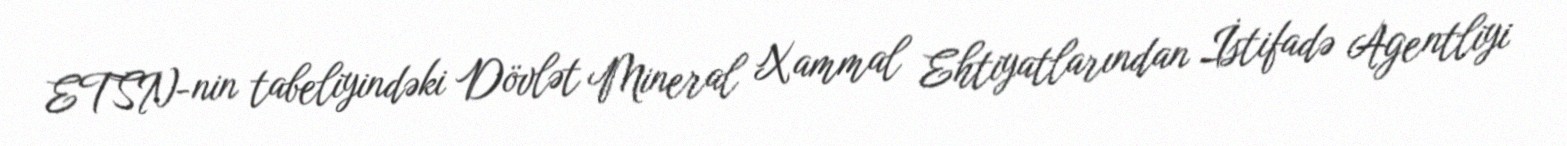
ETSN-nin tabeliyindəki Dövlət Mineral Xammal Ehtiyatlarından İstifadə Agentliyi